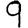
Digit: 9